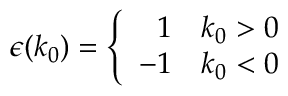
\epsilon ( k _ { 0 } ) = \left\{ \begin{array} { r l } { { 1 } } & { { k _ { 0 } > 0 } } \\ { { - 1 } } & { { k _ { 0 } < 0 } } \end{array} \right.